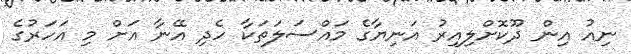
ނިއު އިން ދޫކޮށްލިއިރު އަނިޔާގެ މައްސަލަތަކާ ހެދި އޭނާ އަށް މި އަހަރުގެ